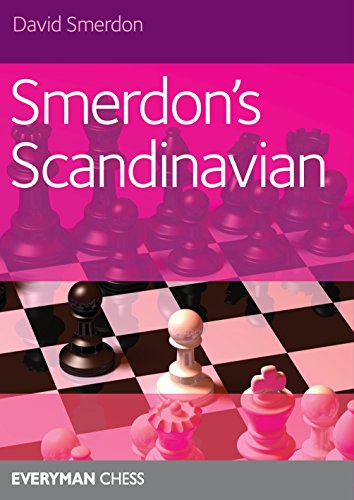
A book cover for Smerdon's Scandinavian; David Smerdon; Humor & Entertainment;